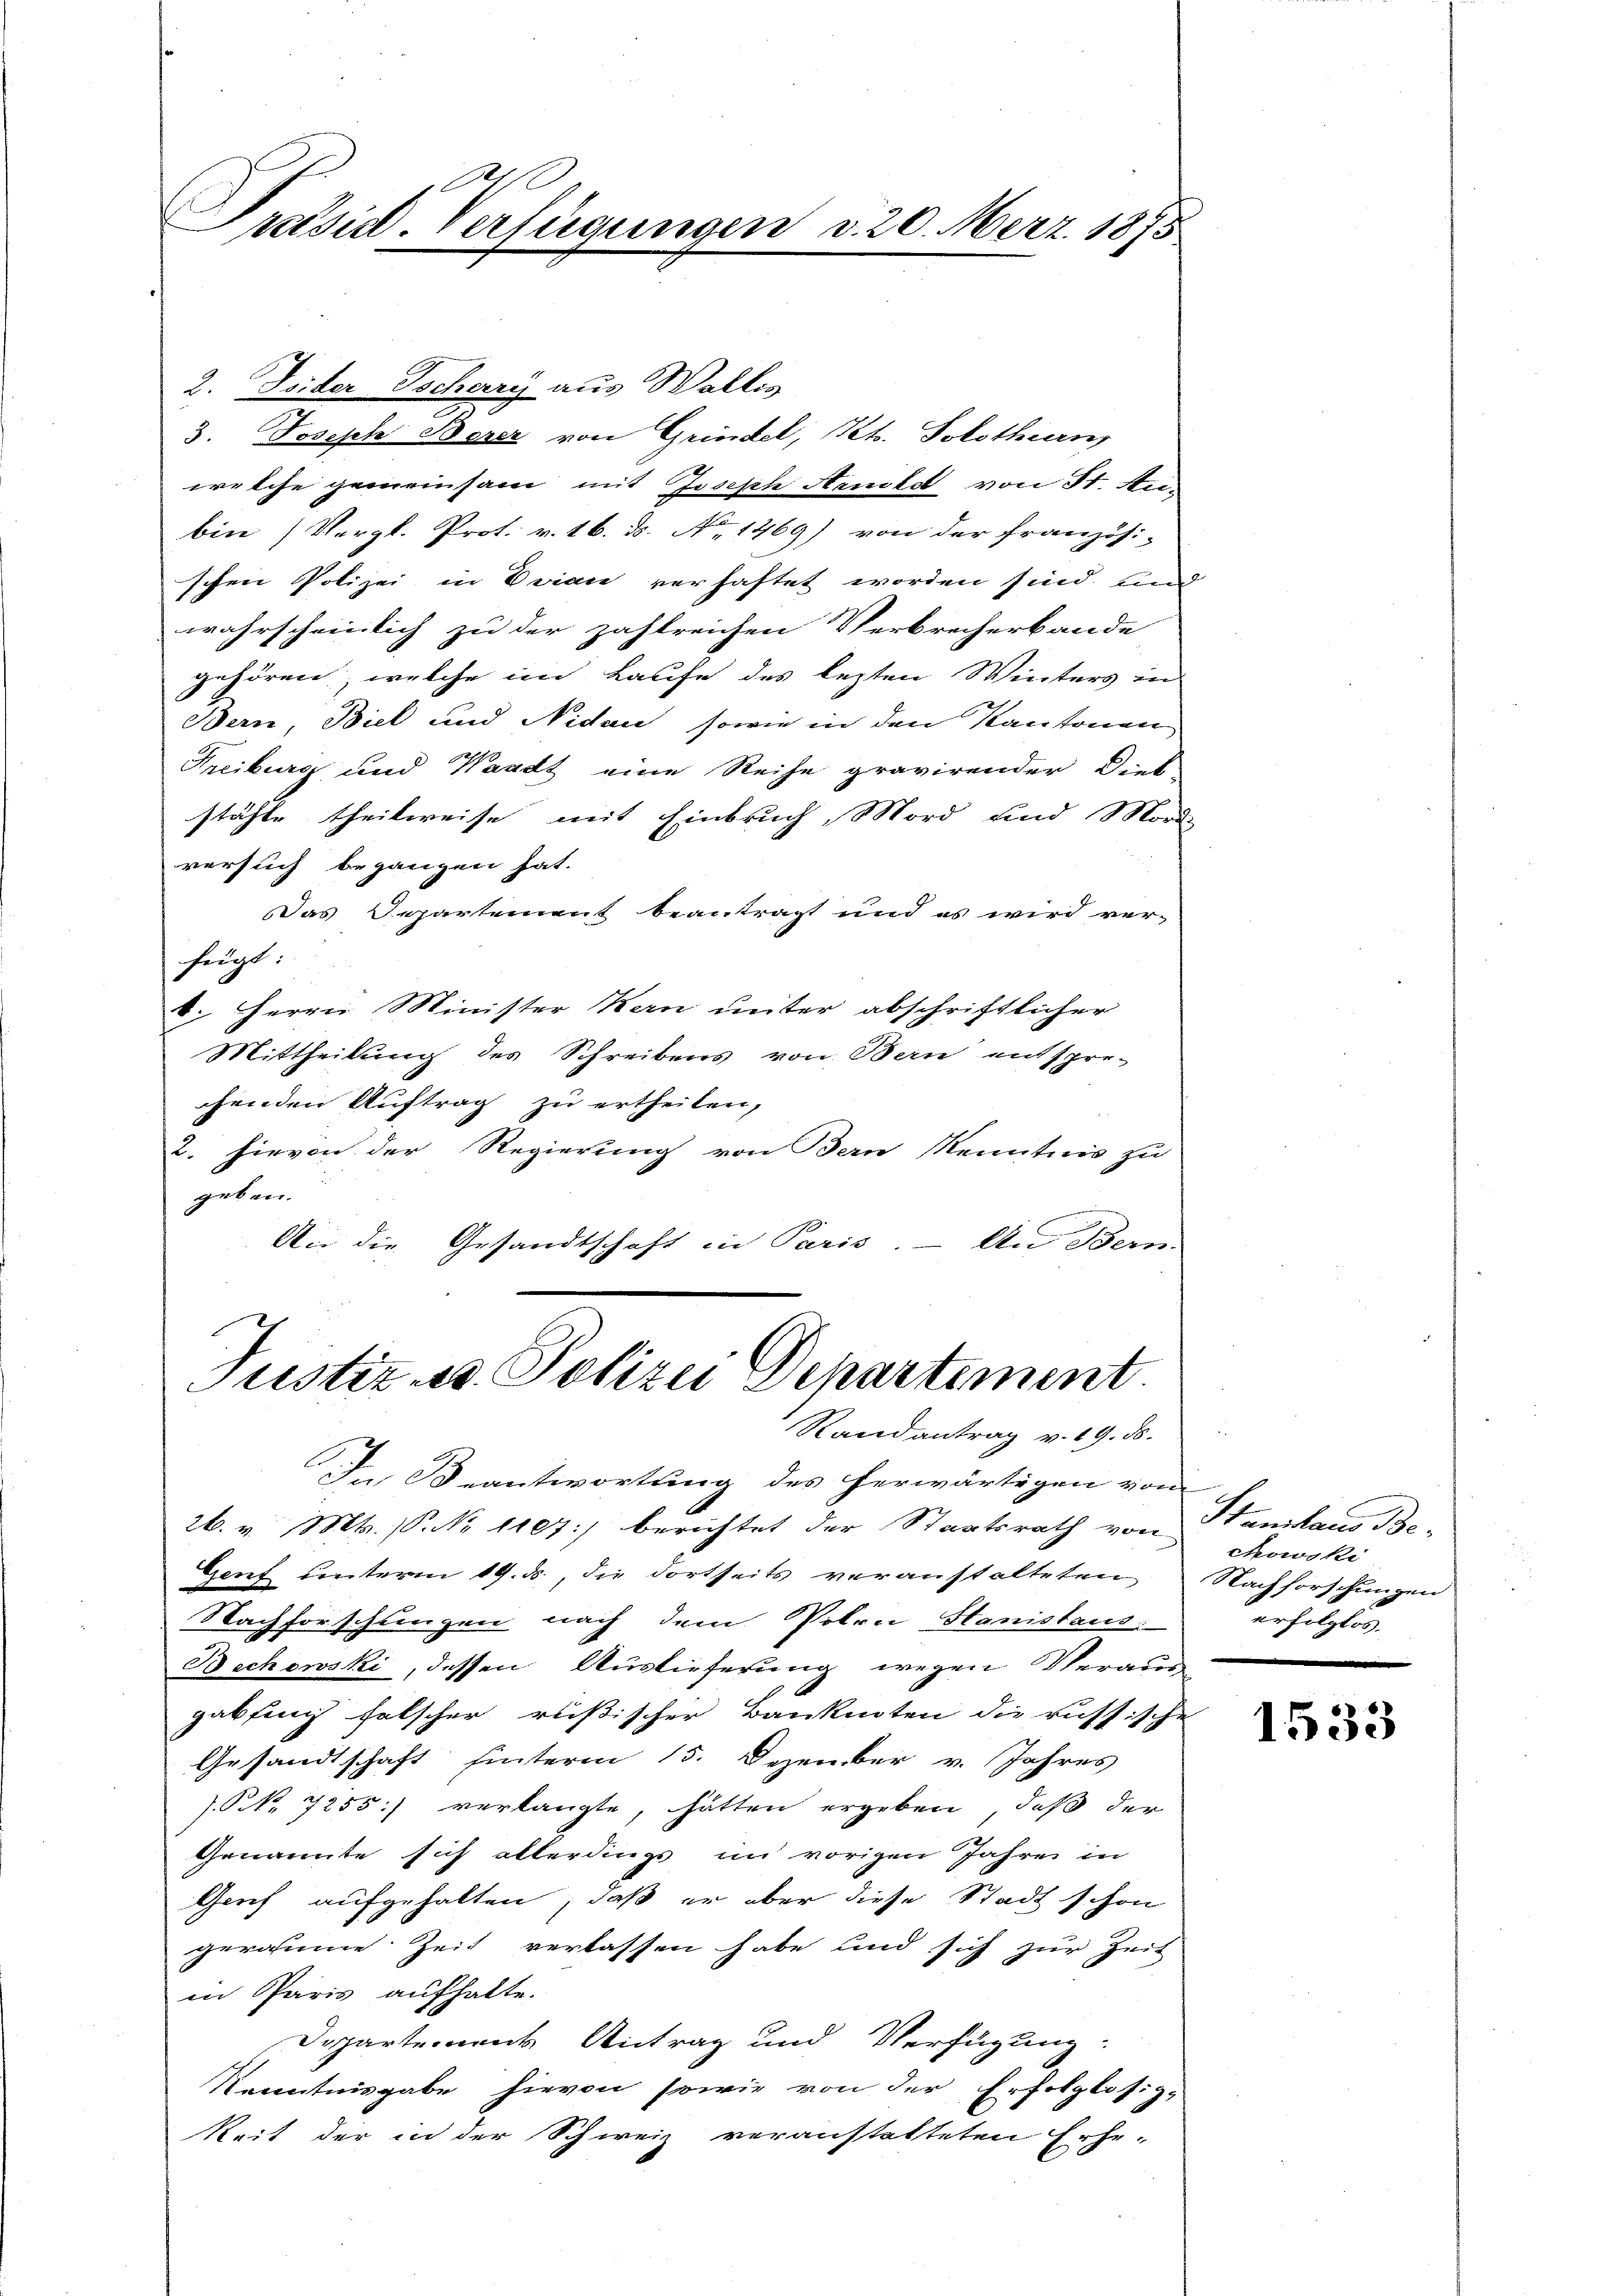
A
Präsid. Verfügungen d. 20. Merz 1875

2. Seider Tschary aus Wallis
3. Joseph Berez von Grindel, Kt. Solothurn,
welche gemeinsam mit Joseph Aendest von St. Aubin) Vergl. Prot. v. 16. ds. No 1469) von der Französi-
schen Polizei in Brian verhaftet worden sind und
wahrscheinlich zu der zahlreichen Verbrecherbande
gehören, welche im Laufe des lezten Winters in
Bern, Biel und Nidau, sowie in den Kantonen
Freiburg und Waadt eine Reihe gravirender Dieb-
stähte theilweise mit Einbruch, Mord und Morde
versuch begangen hat.
Das Departement beantragt und es wird ver-
feigt:
6. Herrn Minister Kan unter abschriftlicher
Mittheilung des Schreibens von Bern entsprechenden Auftrag zu ertheilen,
2. hievon der Regierung von Bern Kenntnis zu
geben.
An die Gesandtschaft in Paris. – An Bern-

Justiz- u. Polizei Departement
Randantrag v. 19. ds.

Der Beantwortung des herwärtigen vom
26. v. Mt. (S. 1107] berichtet der Staatsrath von
Gent unterm 19. ds., die dortseits veranstalteten
Nachforschlingen nach dem Potrii Hanistaus
Bechowski, dessen Auslieferung wegen Verans
gabfung falscher rüßischer Banknoten die russische
Gesandtschaft hinterm 15. Dezember v. Jahres
s. S. 7255) verlangte, hatten ergeben, daß der
Genannte sich allerdings im vorigen Jahres in
Genf aufgehalten, daß er aber diese Stadt schon
geraume Zeit verlassen habe und sich zur Zeit
in Paris aufhalte.
Departement Antrag und Verfügung:
Kenntnisgabe hievon sowie von der Erfolglosig-
keit der in der Schweiz veranstatteten Erhe-

ich
Sanitaus Be-
ckowski
Nachforschungen
erhellig

1533